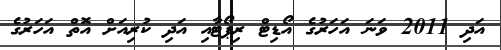
އަދި 2011 ވަނަ އަހަރުގެ އޯޑިޓް ރިޕޯޓާއި އަދި ކުރިއަށް އޮތް އަހަރުގެ